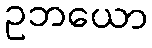
ဥဘယော